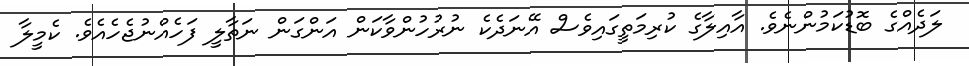
ލަދެއްގެ ބޮޑުކަމުންނެވެ. އާއިލާގެ ކުރިމަތީގައިވެސް އޭނަދެކެ ނުރުހުންވާކަން އަންގަން ނަތާލީ ފަހެއްނުޖެހެއެވެ. ކެމީލާ